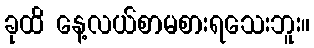
ခုထိ နေ့လယ်စာမစားရသေးဘူး။